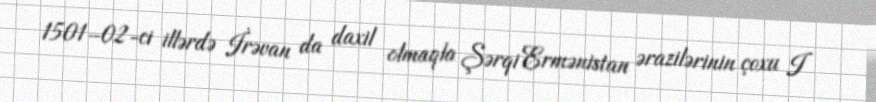
1501–02-ci illərdə İrəvan da daxil olmaqla Şərqi Ermənistan ərazilərinin çoxu I